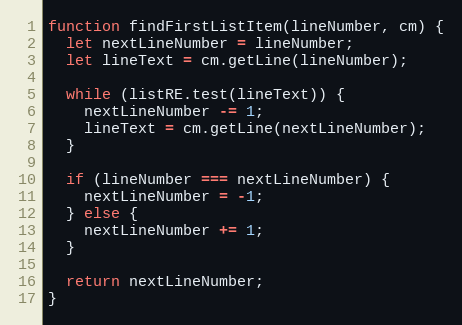
Language: JavaScript
function findFirstListItem(lineNumber, cm) {
  let nextLineNumber = lineNumber;
  let lineText = cm.getLine(lineNumber);

  while (listRE.test(lineText)) {
    nextLineNumber -= 1;
    lineText = cm.getLine(nextLineNumber);
  }

  if (lineNumber === nextLineNumber) {
    nextLineNumber = -1;
  } else {
    nextLineNumber += 1;
  }

  return nextLineNumber;
}